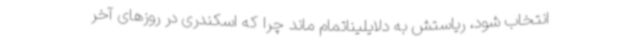
انتخاب شود، ریاستش به دلایلیناتمام ماند چرا که اسکندری در روزهای آخر